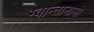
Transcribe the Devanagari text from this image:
ग्वान्तानामो